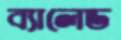
ব্যালেড